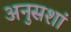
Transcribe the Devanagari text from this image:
अनुसशां